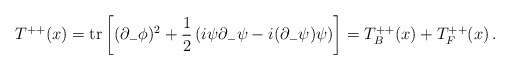
\begin{align*}T^{++}(x) = {\rm tr} \left[ (\partial_- \phi)^2 + {1 \over 2} \left(i\psi \partial_- \psi - i (\partial_- \psi) \psi\right)\right]=T^{++}_B(x)+T^{++}_F(x)\,.\end{align*}